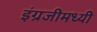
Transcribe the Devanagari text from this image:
इंग्रजीमध्यी